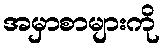
အမှာစာများကို